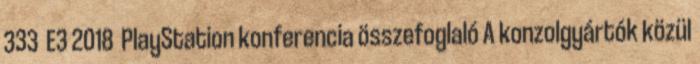
333 E3 2018 PlayStation konferencia összefoglaló A konzolgyártók közül